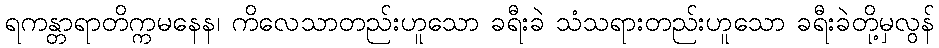
ရကန္တာရာတိက္ကမနေန၊ ကိလေသာတည်းဟူသော ခရီးခဲ သံသရားတည်းဟူသော ခရီးခဲတို့မှလွန်